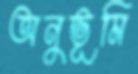
অনুভূমি